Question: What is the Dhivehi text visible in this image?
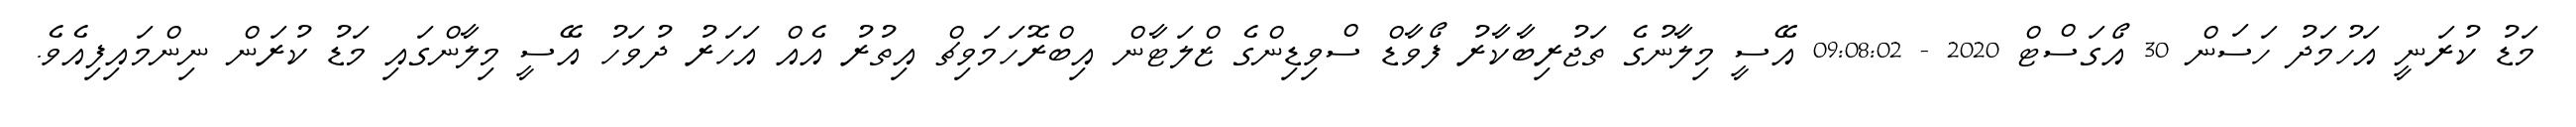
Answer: މަޑު ކުރަނީ އަހުމަދު ހަސަން 30 އޯގަސްޓް 2020 - 09:08:02 އޭސީ މިލާނުގެ ތަޖުރިބާކާރު ފޯވާޑް ސްވިޑިންގެ ޒްލަޓާން އިބްރޮހަމަވިޗް އިތުރު އެއް އަހަރު ދުވަހު އޭސީ މިލާންގައި މަޑު ކުރަން ނިންމައިފިއެވެ.